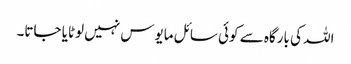
اللہ کی بارگاہ سے کوئی سائل مایوس نہیں لوٹایا جاتا۔